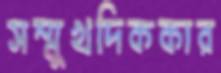
সম্মুখদিককার